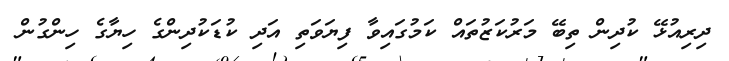
ދިރިއުޅޭ ކުދިން ތިބޭ މަރުކަޒުތައް ކަމުގައިވާ ފިޔަވަތި އަދި ކުޑަކުދިންގެ ހިޔާގެ ހިންގުން